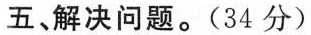
五、解决问题。(34分)